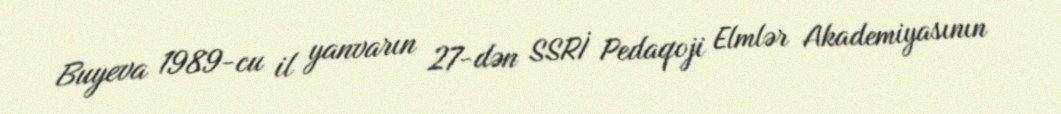
Buyeva 1989-cu il yanvarın 27-dən SSRİ Pedaqoji Elmlər Akademiyasının